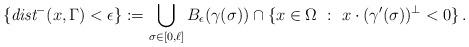
LaTeX: \begin{align*}\{ \emph{dist}^-(x, \Gamma) < \epsilon \} := \bigcup_{\sigma \in [0,\ell]} B_\epsilon (\gamma(\sigma)) \cap \{ x \in \Omega \ : \ x \cdot (\gamma'(\sigma))^{\perp} < 0 \}\,.\end{align*}